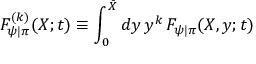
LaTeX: { \cal F } _ { \psi | \pi } ^ { ( k ) } ( X ; t ) \equiv \int _ { 0 } ^ { \bar { X } } d y \, y ^ { k } \, F _ { \psi | \pi } ( X , y ; t )